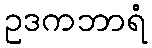
ဥဒကဘာရံ